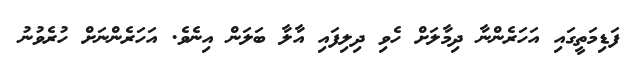
ފަޑިމަތީގައި އަހަރެންނާ ދިމާލަށް ހެވި ދިލިފައި އާލާ ބަލަން އިނެވެ. އަހަރެންނަށް ހުރެވުނު